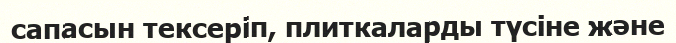
сапасын тексеріп, плиткаларды түсіне және